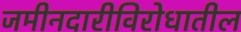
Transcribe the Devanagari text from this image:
जमीनदारीविरोधातील